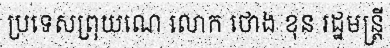
ប្រទេសព្រុយណេ លោក ថោង ខុន រដ្ឋមន្ត្រី